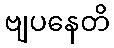
ဗျပနေတိ